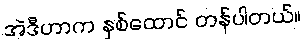
အဲဒီဟာက နှစ်ထောင် တန်ပါတယ်။